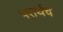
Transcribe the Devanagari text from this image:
परार्थच